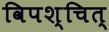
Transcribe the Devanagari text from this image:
विपश्चित्‌